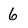
Character: 6